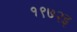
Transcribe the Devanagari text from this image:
१९७२इ